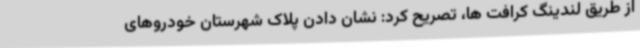
از طریق لندینگ کرافت ها، تصریح کرد: نشان دادن پلاک شهرستان خودروهای